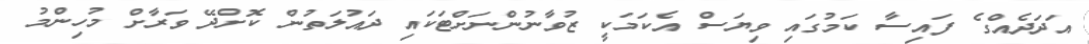
އަދަދެއްގެ ފައިސާ ކަމުގައި ވިޔަސް އެކަމަކީ ޒުވާނުންނަށްޓަކައި ދައުލަތުން ކޮށްދޭ ވަރާށް މުހިންމު